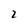
Character: 2